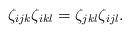
LaTeX: \begin{align*}\zeta_{ijk}\zeta_{ikl} = \zeta_{jkl}\zeta_{ijl}.\end{align*}